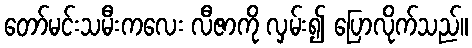
တော်မင်းသမီးကလေး လီဇာကို လှမ်း၍ ပြောလိုက်သည်။